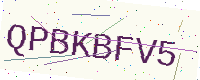
Text: QPBKBFV5